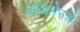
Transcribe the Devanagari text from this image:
अजमेरचे